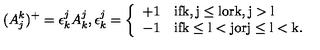
( A _ { j } ^ { k } ) ^ { + } = \epsilon _ { k } ^ { j } A _ { k } ^ { j } , \epsilon _ { k } ^ { j } = \left\{ \begin{array} { l l } { + 1 } & { \mathrm { i f k , j \leq l o r k , j > l } } \\ { - 1 } & { \mathrm { i f k \leq l < j o r j \leq l < k } . } \\ \end{array} \right.